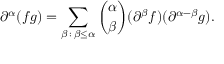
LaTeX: \partial ^ { \alpha } ( f g ) = \sum _ { \beta \, : \, \beta \leq \alpha } { \binom { \alpha } { \beta } } ( \partial ^ { \beta } f ) ( \partial ^ { \alpha - \beta } g ) .